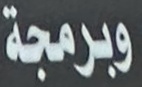
وبرمجة